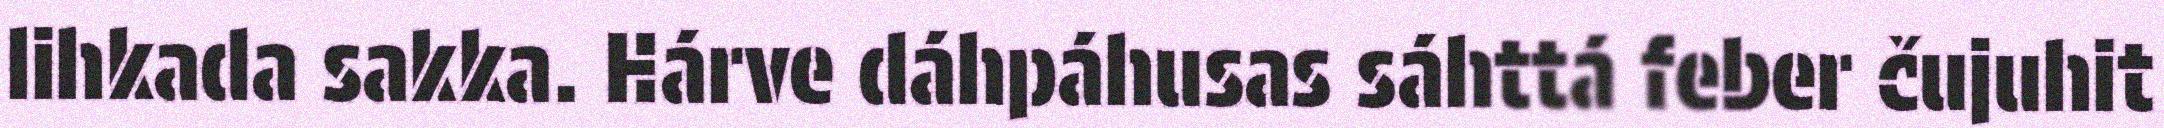
lihkada sakka. Hárve dáhpáhusas sáhttá feber čujuhit